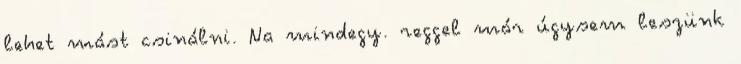
lehet mást csinálni. Na mindegy. reggel már úgysem leszünk